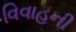
વિવાહની